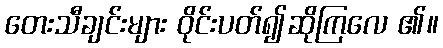
တေးသီချင်းများ ဝိုင်းပတ်၍ဆိုကြလေ ၏။